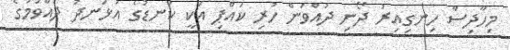
މިހާދިސާ ހިނގިއިރު ދޯނި ދުއްވަން ހުރި ކައްޕި އަކީ ކަނޑުގެ އުޅަނދު ދުއްވުމުގެ